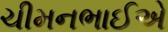
ચીમનભાઈએ